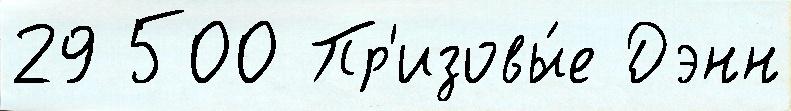
29 500 Пр'изовы́е Дэнн